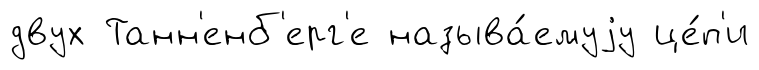
двух Танн'енб'ерг'е называ́емуjу це́п'и